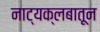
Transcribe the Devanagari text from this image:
नाट्यक्लबातून